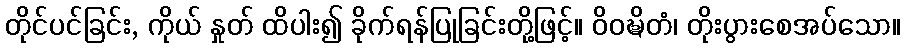
တိုင်ပင်ခြင်း, ကိုယ် နှုတ် ထိပါး၍ ခိုက်ရန်ပြုခြင်းတို့ဖြင့်။ ဝိဝဍ္ဎိတံ၊ တိုးပွားစေအပ်သော။